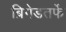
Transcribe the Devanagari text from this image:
ब्रिगेडतर्फे